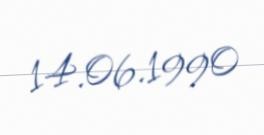
14.06.1990